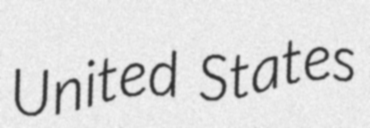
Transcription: United States